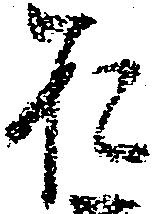
お